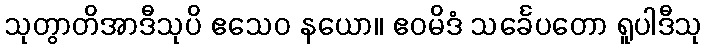
သုတွာတိအာဒီသုပိ ဧသေဝ နယော။ ဧဝမိဒံ သင်္ခေပတော ရူပါဒီသု